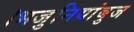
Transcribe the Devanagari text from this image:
।भजुनियांबुज